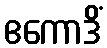
ဧကောဒိံ